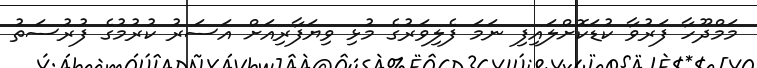
މަމްދޫހާ ފަރުވާ ކުޑަކޮށްލައިފި ނަމަ ފެލިވަރުގެ މުޅި ވިޔަފާރިއަށް އަސަރު ކުރުމުގެ ފުރުސަތު